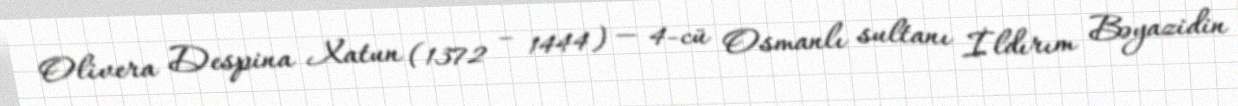
Olivera Despina Xatun (1372 – 1444) — 4-cü Osmanlı sultanı İldırım Bəyazidin